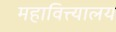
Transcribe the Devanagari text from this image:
महावित्त्यालय